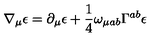
\nabla _ { \mu } \epsilon = \partial _ { \mu } \epsilon + \frac { 1 } { 4 } \omega _ { \mu a b } \Gamma ^ { a b } \epsilon